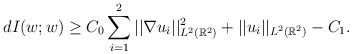
LaTeX: \begin{align*}dI(w;w)\geq C_0 \sum_{i=1}^{2}||\nabla u_i||^2_{L^2(\mathbb{R}^2)}+||u_i||_{L^2(\mathbb{R}^2)} -C_1.\end{align*}